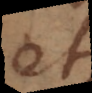
et